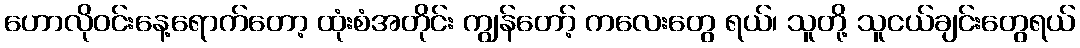
ဟောလိုဝင်းနေ့ရောက်တော့ ထုံးစံအတိုင်း ကျွန်တော့် ကလေးတွေ ရယ်၊ သူတို့ သူငယ်ချင်းတွေရယ်